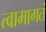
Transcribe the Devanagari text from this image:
त्वामागतं